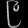
Digit: ၉